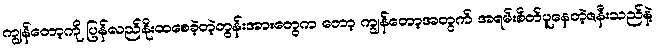
ကျွန်တော့ကို ပြန်လည်နိုးထစေခဲ့တဲ့တွန်းအားတွေက တော့ ကျွန်တော့အတွက် အရမ်းစိတ်ပူနေတဲ့ဇနီးသည်နဲ့